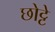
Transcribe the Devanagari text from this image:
छोट्टे